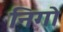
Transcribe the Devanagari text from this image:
निगो